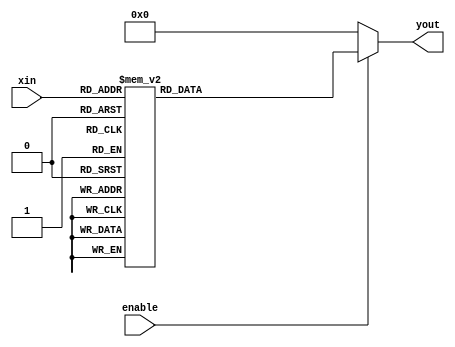
module sevensegdisp(enable,xin, yout);
input[3:0] xin; 
input enable;
output[6:0] yout;
reg[6:0] yout;
always @(xin or enable)
begin
    if(enable==1)
        case(xin)
            4'b0000:yout=7'b1111110;
            4'b0001:yout=7'b0110000;
            4'b0010:yout=7'b1101101;
            4'b0011:yout=7'b1111001;
            4'b0100:yout=7'b0110011;
            4'b0101:yout=7'b1011011;
            4'b0110:yout=7'b1011111;
            4'b0111:yout=7'b1110000;
            4'b1000:yout=7'b1111111;
            4'b1001:yout=7'b1111011;
            default:yout=7'b0000000;
        endcase
    else
        yout=7'b0000000;
end
endmodule